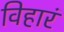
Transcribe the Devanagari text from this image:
विहारं